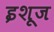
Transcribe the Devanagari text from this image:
इशूज